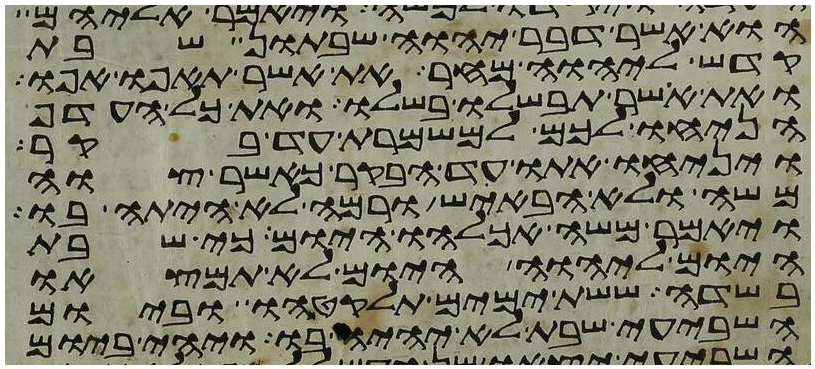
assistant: הוא אשר דבר יהוה שבתון שבת
קדש ליהוה מחר את אשר תאפו אפו
ואת אשר תבשלו בשלו ואת כל העדף
הניחו לכם למשמרת עד בקר
ויניחו אתו עד הבקר כאשר צוה
משה ולא הבאיש ורמה לא היתה בו
ויאמר משה אכלהו היום כי שבת
היום ליהוה היום לא תמצאו
בשדה ששת ימים תלקטהו וביום
השביעי שבת לא יהיה בו ויהי ביום